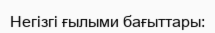
Негізгі ғылыми бағыттары: